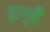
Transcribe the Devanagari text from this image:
इन्हैँ